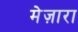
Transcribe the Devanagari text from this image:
मेज़ारा